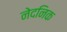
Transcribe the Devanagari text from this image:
नेदनिक